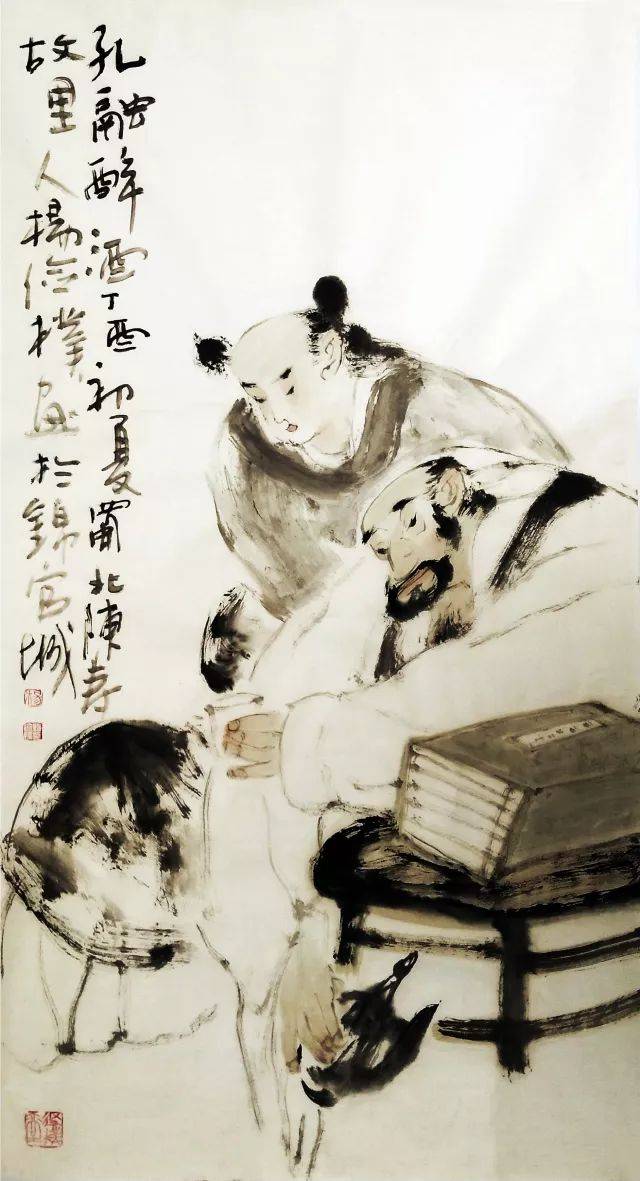
志于道，据于德，依于仁，游于艺。